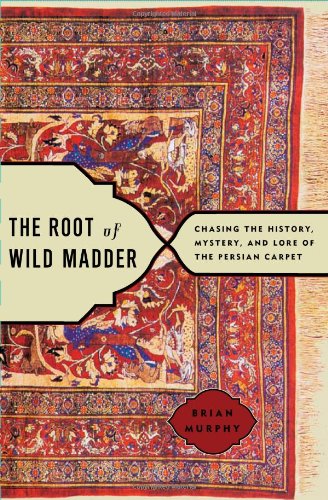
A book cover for The Root of Wild Madder: Chasing the History, Mystery, and Lore of the Persian Carpet; Brian Murphy; Crafts, Hobbies & Home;